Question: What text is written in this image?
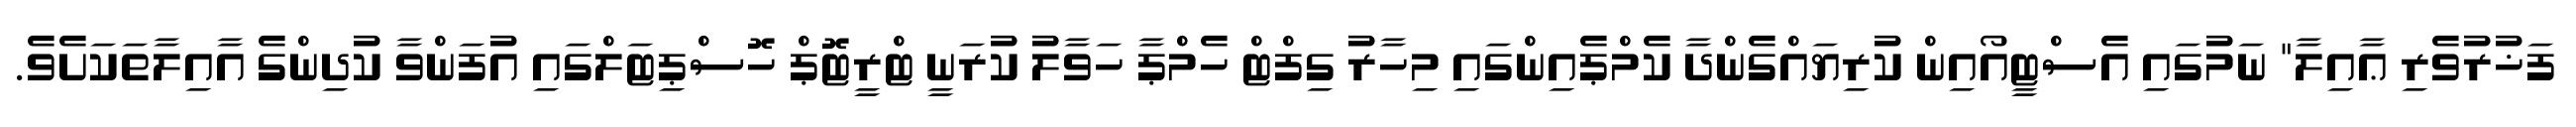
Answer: ފަޚުރުވެރި ޢާއިލާ" ނަމުގައި އެސްޓީއޯއިން ކުރިޔައްގެންދާ ކެމްޕެއިންގައި މިހާރު ގިފްޓް ހެމްޕާ ހަވާލު ކުރަނީ ޓްރީޓޮޕް ހޮސްޕިޓަލްގައި އުފަންވާ ކުދިންގެ އާއިލާތަކަށެވެ.